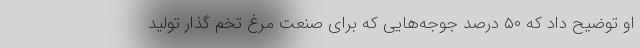
او توضیح داد که ۵۰ درصد جوجه‌هایی که برای صنعت مرغ تخم گذار تولید